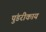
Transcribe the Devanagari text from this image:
पुंडरीकाय